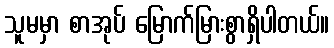
သူမမှာ စာအုပ် မြောက်မြားစွာရှိပါတယ်။